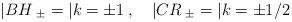
LaTeX: \begin{align*}|BH\>_{\pm} = |k=\pm 1\>,\quad |CR\>_{\pm} = |k = \pm 1/2\>\end{align*}